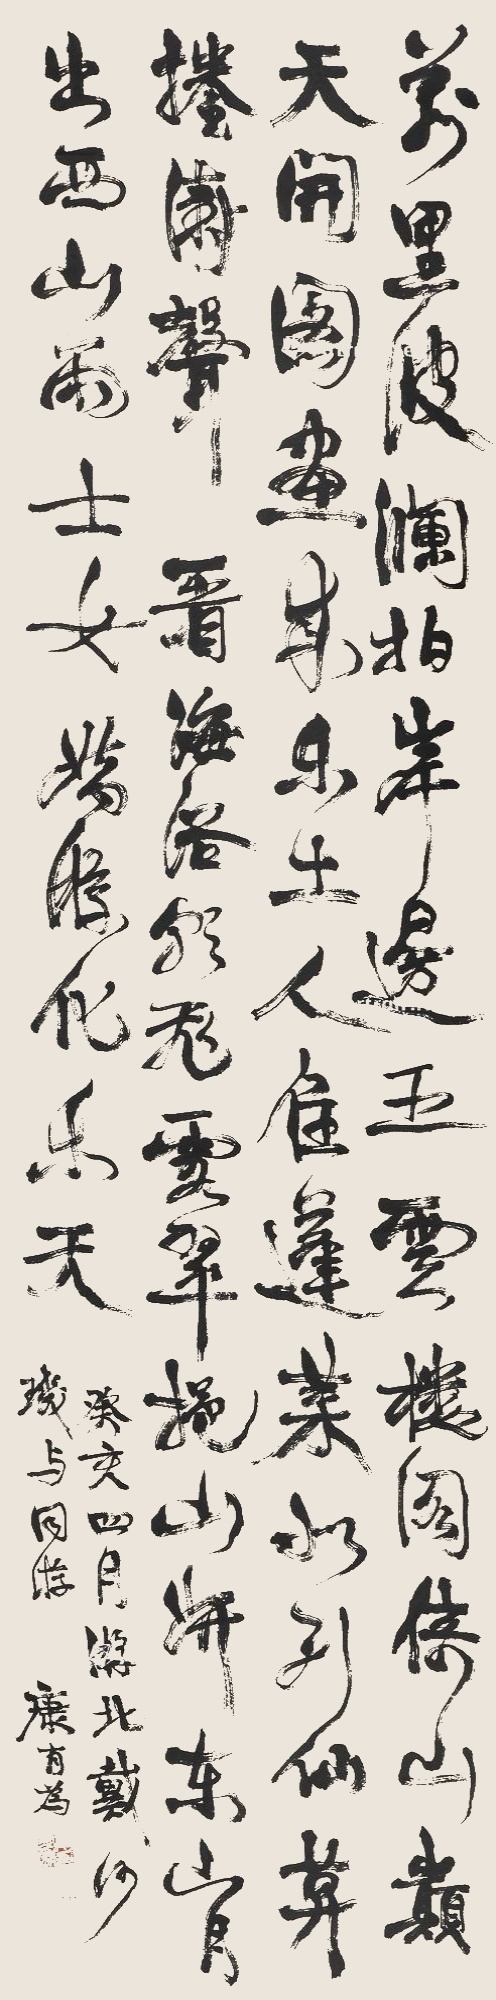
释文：万里波澜拍岸边，五云楼阁倚山巅。天开图画成乐土，人住蓬莱似列仙。莫卷涛声看海浴，朝飞霞翠挹山妍。东山月出西山雨，士女娇游化乐天。癸亥四月，游北戴河。康有为。